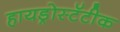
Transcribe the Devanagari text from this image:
हायड्रोस्टॅटीक